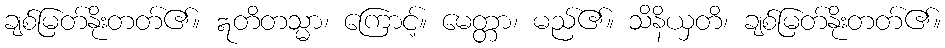
ချစ်မြတ်နိုးတတ်၏။ ဣတိတသ္မာ၊ ကြောင့်။ မေတ္တာ၊ မည်၏။ သိနိယှတိ၊ ချစ်မြတ်နိုးတတ်၏။